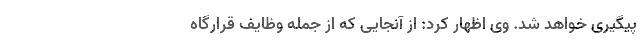
پیگیری خواهد شد. وی اظهار کرد: از آنجایی که از جمله وظایف قرارگاه